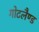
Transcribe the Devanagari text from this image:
गोटलैण्ड